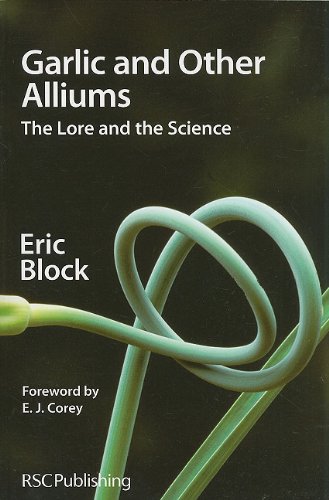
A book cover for Garlic and Other Alliums: The Lore and The Science; Eric Block; Science & Math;